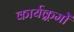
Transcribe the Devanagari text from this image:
कार्यक्र्रमों